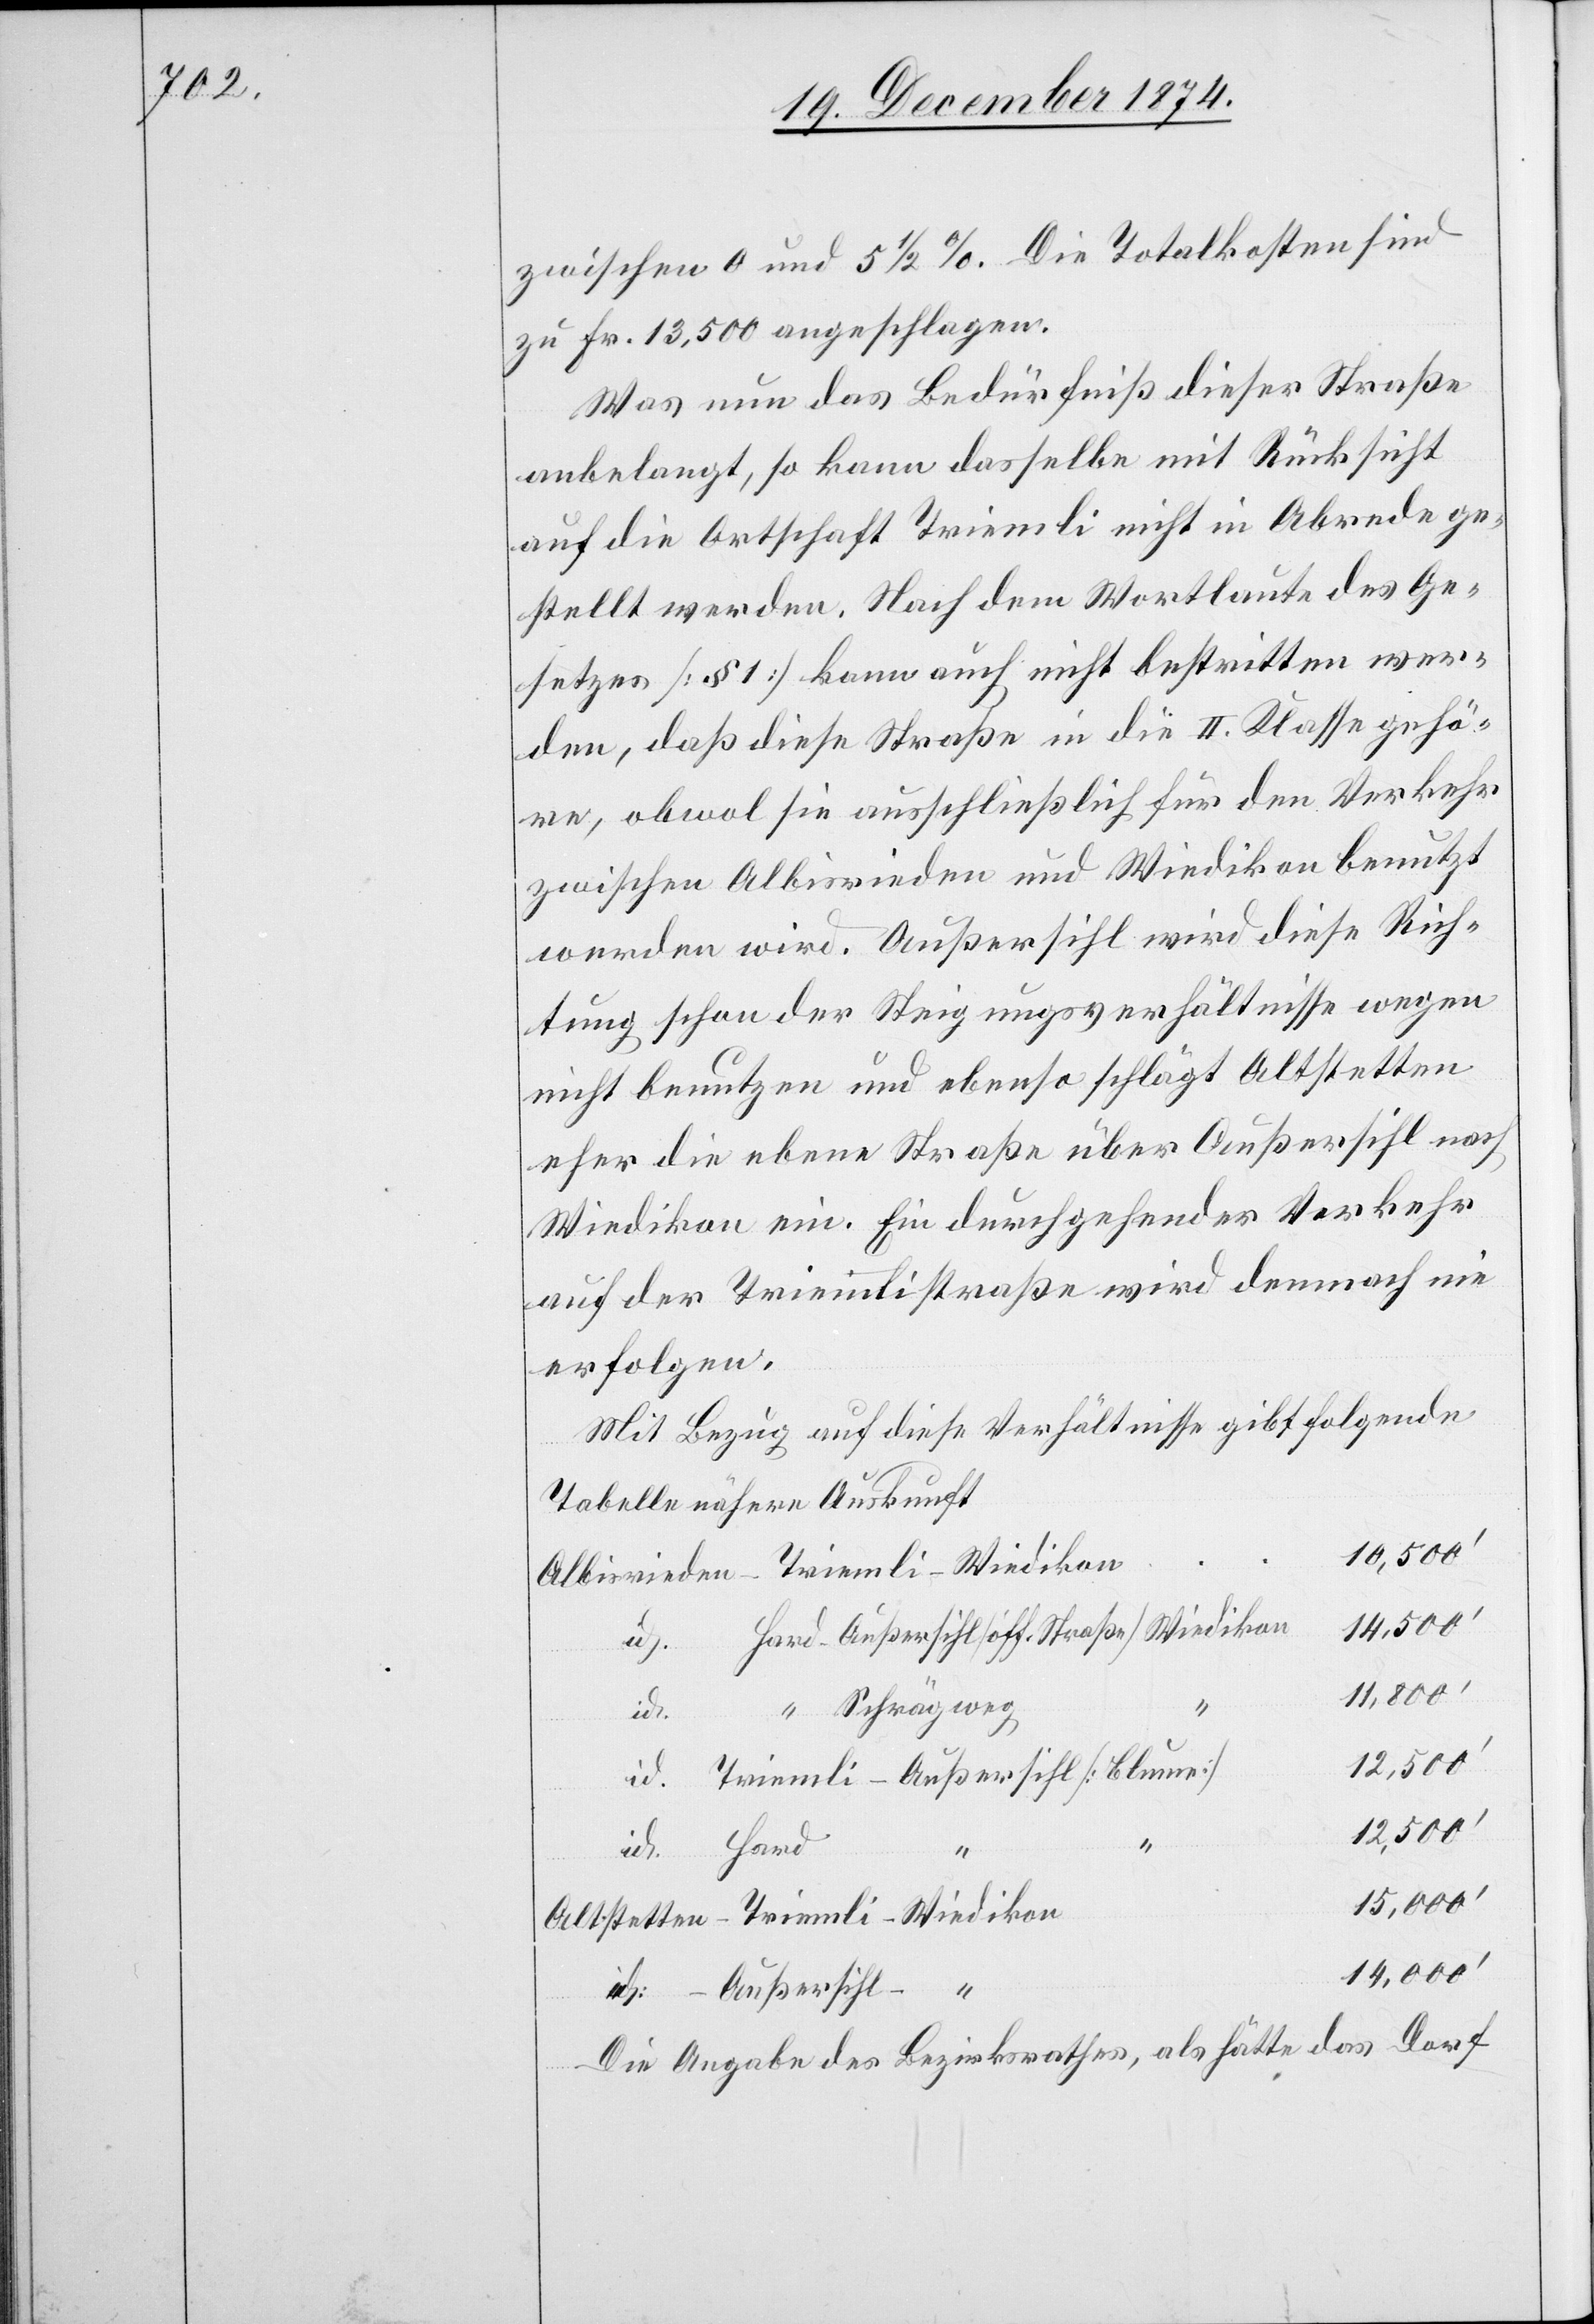
zwischen 0 und 5 1/2%. Die Totalkosten sind
zu Fr. 13,500 angeschlagen.
Was nun das Bedürfniß dieser Straße
anbelangt, so kann dasselbe mit Rücksicht
auf die Ortschaft Triemli nicht in Abrede ge¬
stellt werden. Nach dem Wortlaute des Ge¬
setzes [§ 1] kann auch nicht bestritten wer¬
den, daß diese Straße in die II. Klasse gehö¬
re, obwol sie ausschließlich für den Verkehr
zwischen Albisrieden und Wiedikon benutzt
werden wird. Außersihl wird diese Rich¬
tung schon der Steigungsverhältnisse wegen
nicht benutzen und ebenso schlägt Altstetten
eher die ebene Straße über Außersihl nach
Wiedikon ein. Ein durchgehender Verkehr
auf der Triemlistraße wird demnach nie
erfolgen.
Mit Bezug auf diese Verhältnisse gibt folgende
Tabelle nähere Auskunft
14,000‘
Albisrieden–Triemli–Wiedikon
id. Hard–Außersihl [öff. Straße] Wiedikon
11,800‘
“ Schrägweg
id.
12,500‘
id. Triemli–Außersihl [Blume]
12,500‘
id. Hard
Altstetten–Triemli–Wiedikon
id. Außersihl– “
Die Angabe des Bezirksrathes, als hätte das Dorf